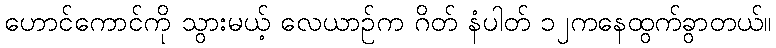
ဟောင်ကောင်ကို သွားမယ့် လေယာဉ်က ဂိတ် နံပါတ် ၁၂ကနေထွက်ခွာတယ်။